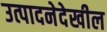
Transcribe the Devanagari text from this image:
उत्पादनेदेखील